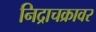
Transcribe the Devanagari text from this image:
निद्राचक्रावर